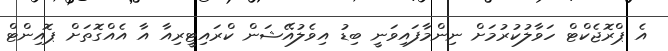
އެ ޕްރޮޖެކްޓް ހަވާލުކުރުމަށް ނިންމާފައިވަނީ ބިޑު އިވެލުއޭޝަން ކްރައިޓީރިއާ އާ އެއްގޮތަށް ޕޮއިންޓް